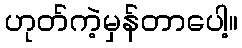
ဟုတ်ကဲ့မှန်တာပေါ့။